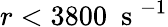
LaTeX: r<3800~\mathrm{~s~}^{-1}